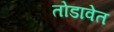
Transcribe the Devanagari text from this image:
तोडावेत